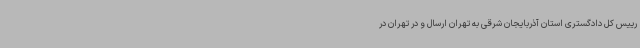
رییس کل دادگستری استان آذربایجان شرقی به تهران ارسال و در تهران در